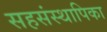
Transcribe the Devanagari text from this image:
सहसंस्थापिका